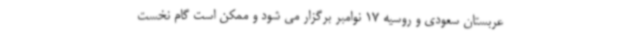
عربستان سعودی و روسیه 17 نوامبر برگزار می شود و ممکن است گام نخست